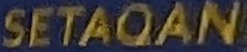
SETAQAN